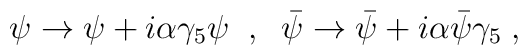
\psi \to \psi + i \alpha \gamma_5 \psi \;\;,\;\; {\bar \psi} \to {\bar \psi} + i \alpha {\bar \psi} \gamma_5 \;,